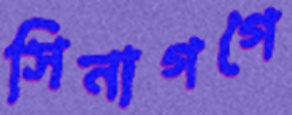
সিনাগগে